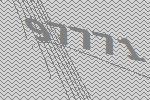
97771